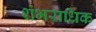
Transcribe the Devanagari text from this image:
शंभराधिक